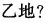
乙地?